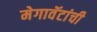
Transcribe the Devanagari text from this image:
मेगावॅटांची